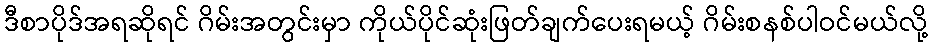
ဒီစာပိုဒ်အရဆိုရင် ဂိမ်းအတွင်းမှာ ကိုယ်ပိုင်ဆုံးဖြတ်ချက်ပေးရမယ့် ဂိမ်းစနစ်ပါဝင်မယ်လို့